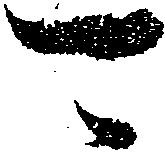
可